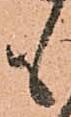
も